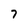
Character: 7